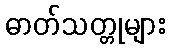
ဓာတ်သတ္တုများ